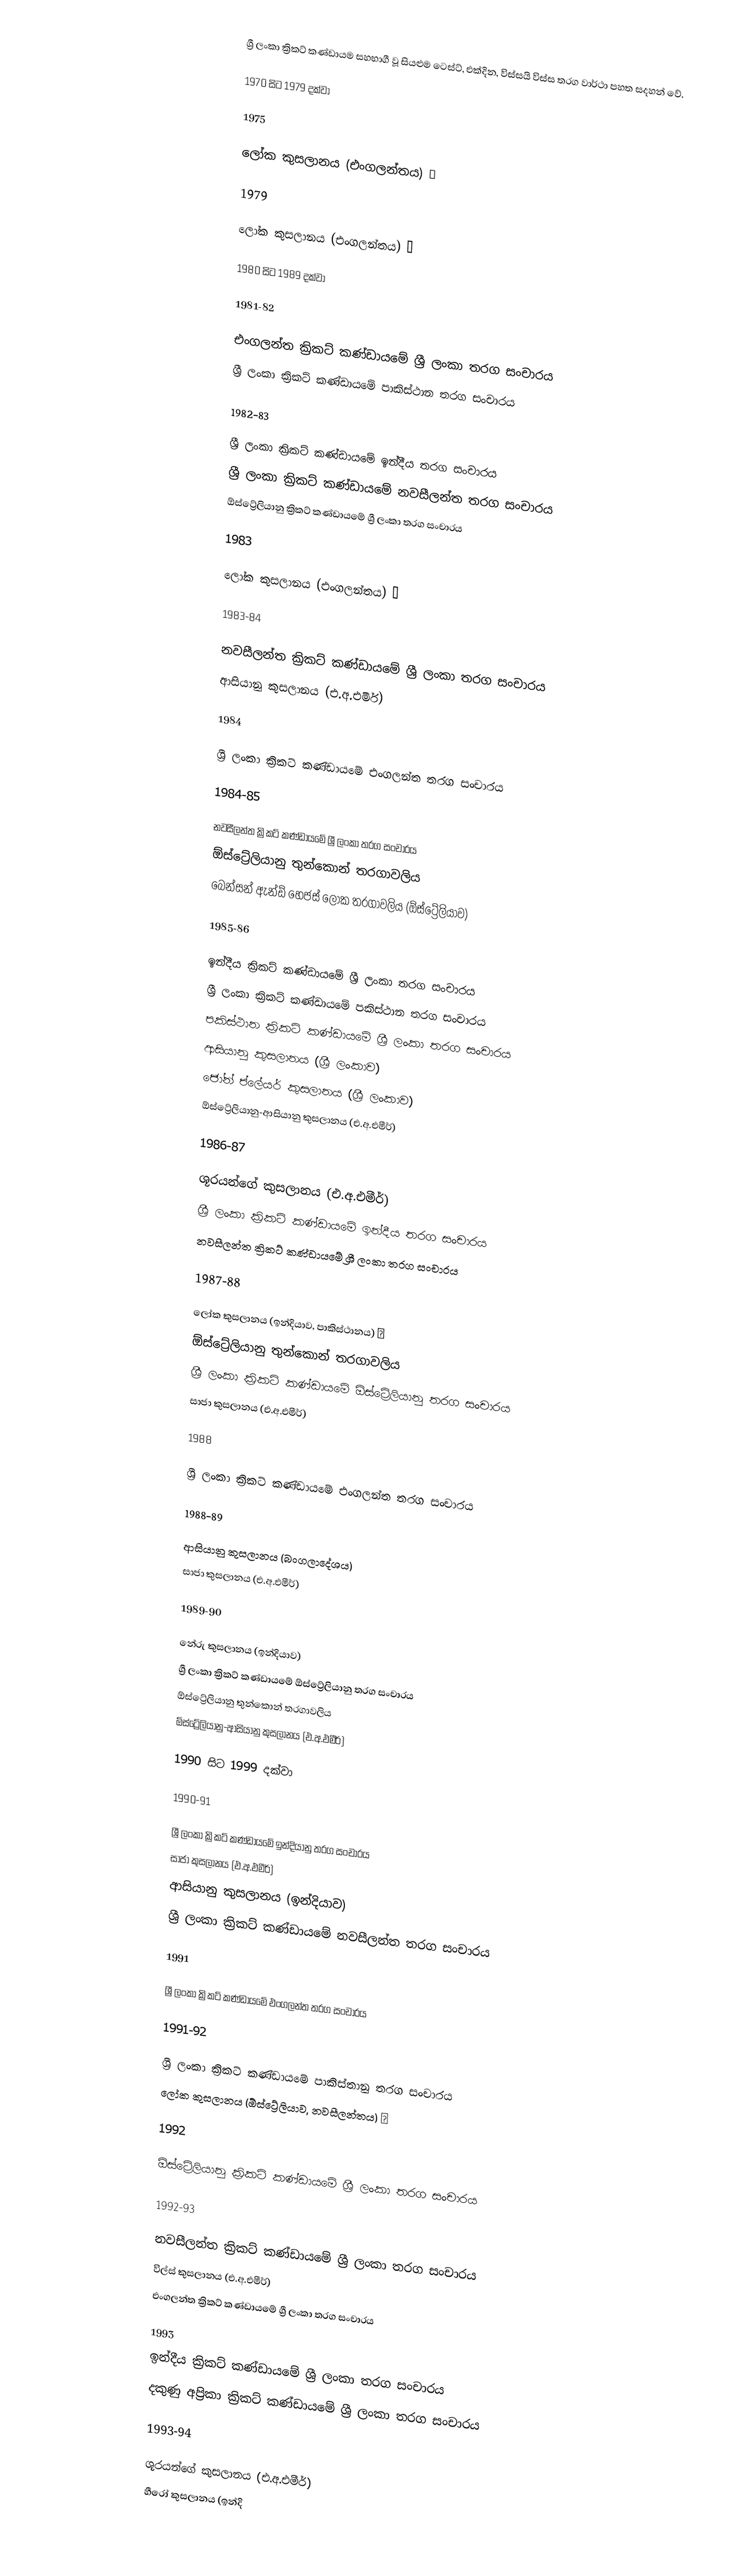
ශ්‍රී ලංකා ක්‍රිකට් කණ්ඩායම සහභාගී වූ සියළුම ටෙස්ට්, එක්දින, විස්සයි විස්ස තරග වාර්ථා පහත සදහන් වේ.

1970 සිට 1979 දක්වා

1975

 ලෝක කුසලානය (එංගලන්තය) ♔

1979

 ලෝක කුසලානය (එංගලන්තය) ♔

1980 සිට 1989 දක්වා

1981-82

 එංගලන්ත ක්‍රිකට් කණ්ඩායමේ ශ්‍රී ලංකා තරග සංචාරය
ශ්‍රී ලංකා ක්‍රිකට් කණ්ඩායමේ පාකිස්ථාන තරග සංචාරය

1982-83

 ශ්‍රී ලංකා ක්‍රිකට් කණ්ඩායමේ ඉන්දීය තරග සංචාරය
 ශ්‍රී ලංකා ක්‍රිකට් කණ්ඩායමේ නවසීලන්ත තරග සංචාරය
 ඕස්ට්‍රේලියානු ක්‍රිකට් කණ්ඩායමේ ශ්‍රී ලංකා තරග සංචාරය

1983

 ලෝක කුසලානය (එංගලන්තය) ♔

1983-84

 නවසීලන්ත ක්‍රිකට් කණ්ඩායමේ ශ්‍රී ලංකා තරග සංචාරය
 ආසියානු කුසලානය (එ.අ.එමීර්)

1984

 ශ්‍රී ලංකා ක්‍රිකට් කණ්ඩායමේ එංගලන්ත තරග සංචාරය

1984-85

 නවසීලන්ත ක්‍රිකට් කණ්ඩායමේ ශ්‍රී ලංකා තරග සංචාරය
 ඕස්ට්‍රේලියානු තුන්කොන් තරගාවලිය
 බෙන්සන් ඇන්ඩ් හෙජස් ලෝක තරගාවලිය (ඕස්ට්‍රේලියාව)

1985-86

 ඉන්දීය ක්‍රිකට් කණ්ඩායමේ ශ්‍රී ලංකා තරග සංචාරය
 ශ්‍රී ලංකා ක්‍රිකට් කණ්ඩායමේ පකිස්ථාන තරග සංචාරය
 පකිස්ථාන ක්‍රිකට් කණ්ඩායමේ ශ්‍රී ලංකා තරග සංචාරය
 ආසියානු කුසලානය (ශ්‍රී ලංකාව)
 ජෝන් ප්ලේයර් කුසලානය (ශ්‍රී ලංකාව)
 ඕස්ට්‍රේලියානු-ආසියානු කුසලානය (එ.අ.එමීර්)

1986-87

 ශූරයන්ගේ කුසලානය (එ.අ.එමීර්)
 ශ්‍රී ලංකා ක්‍රිකට් කණ්ඩායමේ ඉන්දීය තරග සංචාරය
 නවසීලන්ත ක්‍රිකට් කණ්ඩායමේ ශ්‍රී ලංකා තරග සංචාරය

1987-88

 ලෝක කුසලානය (ඉන්දියාව, පාකිස්ථානය) ♔
 ඕස්ට්‍රේලියානු තුන්කොන් තරගාවලිය
 ශ්‍රී ලංකා ක්‍රිකට් කණ්ඩායමේ ඕස්ට්‍රේලියානු තරග සංචාරය
 සාජා කුසලානය (එ.අ.එමීර්)

1988

 ශ්‍රී ලංකා ක්‍රිකට් කණ්ඩායමේ එංගලන්ත තරග සංචාරය

1988-89

 ආසියානු කුසලානය (බංගලාදේශය)
 සාජා කුසලානය (එ.අ.එමීර්)

1989-90

 නේරු කුසලානය (ඉන්දියාව)
 ශ්‍රී ලංකා ක්‍රිකට් කණ්ඩායමේ ඕස්ට්‍රේලියානු තරග සංචාරය
 ඕස්ට්‍රේලියානු තුන්කොන් තරගාවලිය
 ඕස්ට්‍රේලියානු-ආසියානු කුසලානය (එ.අ.එමීර්)

1990 සිට 1999 දක්වා

1990-91

 ශ්‍රී ලංකා ක්‍රිකට් කණ්ඩායමේ ඉන්දියානු තරග සංචාරය
 සාජා කුසලානය (එ.අ.එමීර්)
 ආසියානු කුසලානය (ඉන්දියාව)
 ශ්‍රී ලංකා ක්‍රිකට් කණ්ඩායමේ නවසීලන්ත තරග සංචාරය

1991

 ශ්‍රී ලංකා ක්‍රිකට් කණ්ඩායමේ එංගලන්ත තරග සංචාරය

1991-92

 ශ්‍රී ලංකා ක්‍රිකට් කණ්ඩායමේ පාකිස්තානු තරග සංචාරය
 ලෝක කුසලානය (ඕස්ට්‍රේලියාව, නවසීලන්තය) ♔

1992

 ඕස්ට්‍රේලියානු ක්‍රිකට් කණ්ඩායමේ ශ්‍රී ලංකා තරග සංචාරය

1992-93

 නවසීලන්ත ක්‍රිකට් කණ්ඩායමේ ශ්‍රී ලංකා තරග සංචාරය
 විල්ස් කුසලානය (එ.අ.එමීර්)
 එංගලන්ත ක්‍රිකට් කණ්ඩායමේ ශ්‍රී ලංකා තරග සංචාරය

1993
ඉන්දීය ක්‍රිකට් කණ්ඩායමේ ශ්‍රී ලංකා තරග සංචාරය
දකුණු අප්‍රිකා ක්‍රිකට් කණ්ඩායමේ ශ්‍රී ලංකා තරග සංචාරය

1993-94

 ශූරයන්ගේ කුසලානය (එ.අ.එමීර්)
 හීරෝ කුසලානය (ඉන්දි